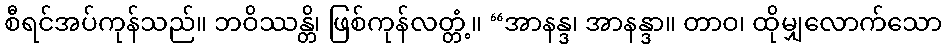
စီရင်အပ်ကုန်သည်။ ဘဝိဿန္တိ၊ ဖြစ်ကုန်လတ္တံ့။ “အာနန္ဒ၊ အာနန္ဒာ။ တာဝ၊ ထိုမျှလောက်သော